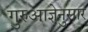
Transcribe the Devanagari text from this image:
गुरुआज्ञेनुसार